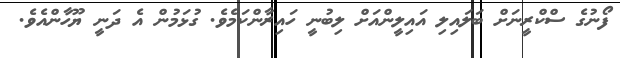
ފޯނުގެ ސްކްރީނަށް ބަލައިލި އައިލީންއަށް ލިބުނީ ހައިރާންކަމެވެ. ގުޅަމުން އެ ދަނީ ޔޫހާންއެވެ.